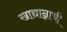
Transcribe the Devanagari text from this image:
खाद्यान्नाची